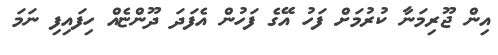
އިން ޖޫރިމަނާ ކުރުމަށް ފަހު އޭގެ ފަހުން އެފަދަ ދޫންޏެއް ހިފައިފި ނަމަ